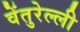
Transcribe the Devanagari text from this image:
वेंतुरेल्ली